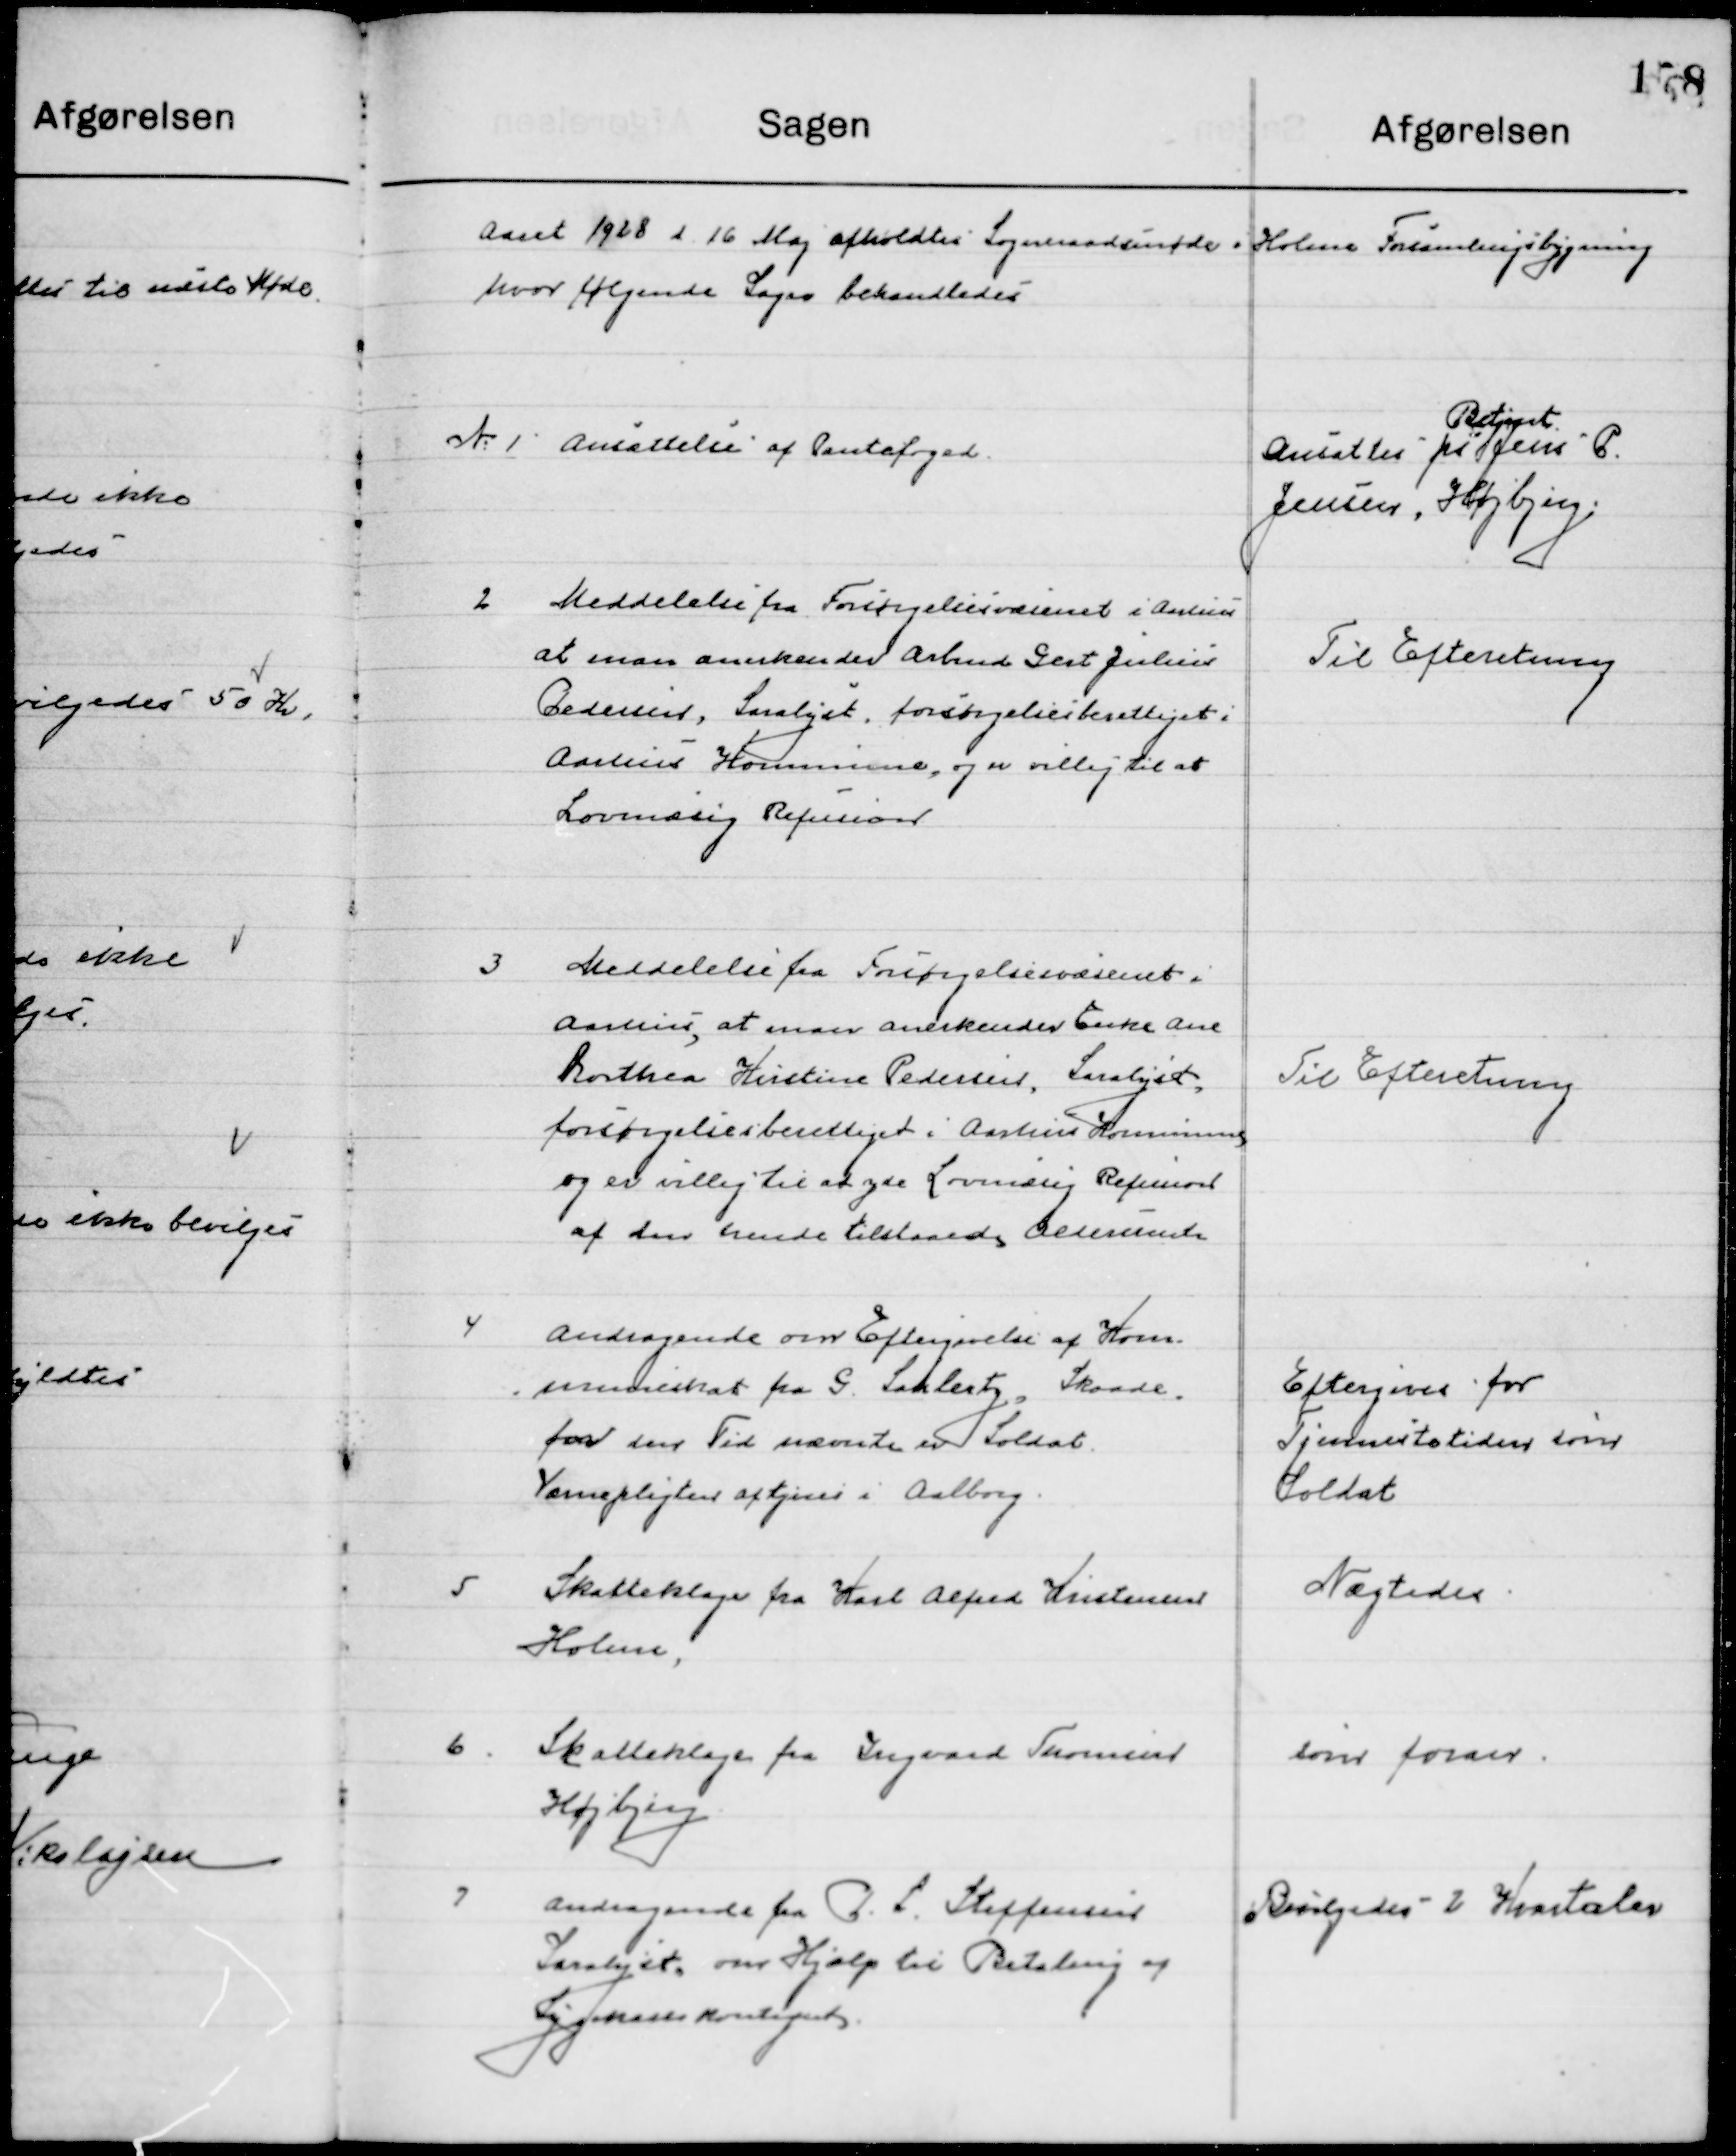
Transskription:
Aaret 1928 d. 16 Maj afholdt Sogneraadsmøde i Holme Forsamlingsbygning 
hvor følgende Sager behandledes.

1

Ansættelse af Pantefoged

Ansattes pr 
Betjent 
Jens P.
Jensen, Højbjerg

2

Meddelelse fra Forsørgelsesvæsenet i Aarhus, 
at mam Anerkender Arbmd. Gert Johannes 
Pedersen, Saralyst forsørgelsesberettiget i 
Aarhus Kommune, og er villig til at yde 
Lovmæssig Refusion.

Til Efterretning

3

Meddelelse fra Forsørgelsesvæsenet i 
Aarhus, at mam Anerkender enke Ane 
Dorthea Kirstine Pedersen, Saralyst 
forsørgelsesberettiget i Aarhus Kommune 
og er villig til at yde Lovmæssig Refusion  	
af den hende tilstaaede Aldersrente.

Til Efterretning

4

Andragende over Eftergivelse af Kom-
muneskat fra G. Saralyst, Skaade
for den Tid nævnte er Soldat.
Værnepligten aftjenes i Aalborg.

Eftergives for
Tjenestetiden som
Soldat

5

Skatteklage fra Karl Alfred Kristensen
Holme.

Nægtes

6

Skatteklage fra Ingaard Thomsen
Højbjerg.

Som foran

7

Andragende fra P. L. Steffensen
Saralyst, om Hjælp til betaling af
Sygekassekontingent.

Bevilgedes 2 Kvartaler